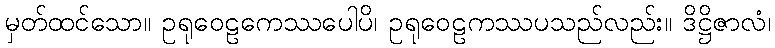
မှတ်ထင်သော။ ဥရုဝေဠကေဿပေါပိ၊ ဥရုဝေဠကဿပသည်လည်း။ ဒိဋ္ဌိဇာလံ၊